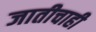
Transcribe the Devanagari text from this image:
जातीचाही